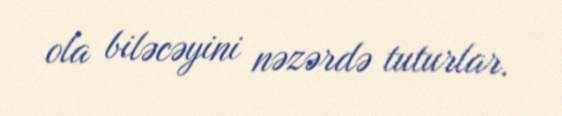
ola biləcəyini nəzərdə tuturlar.